NASA-UAP-D4, Apollo 11 Technical Crew Debriefing, 1969
Page 6
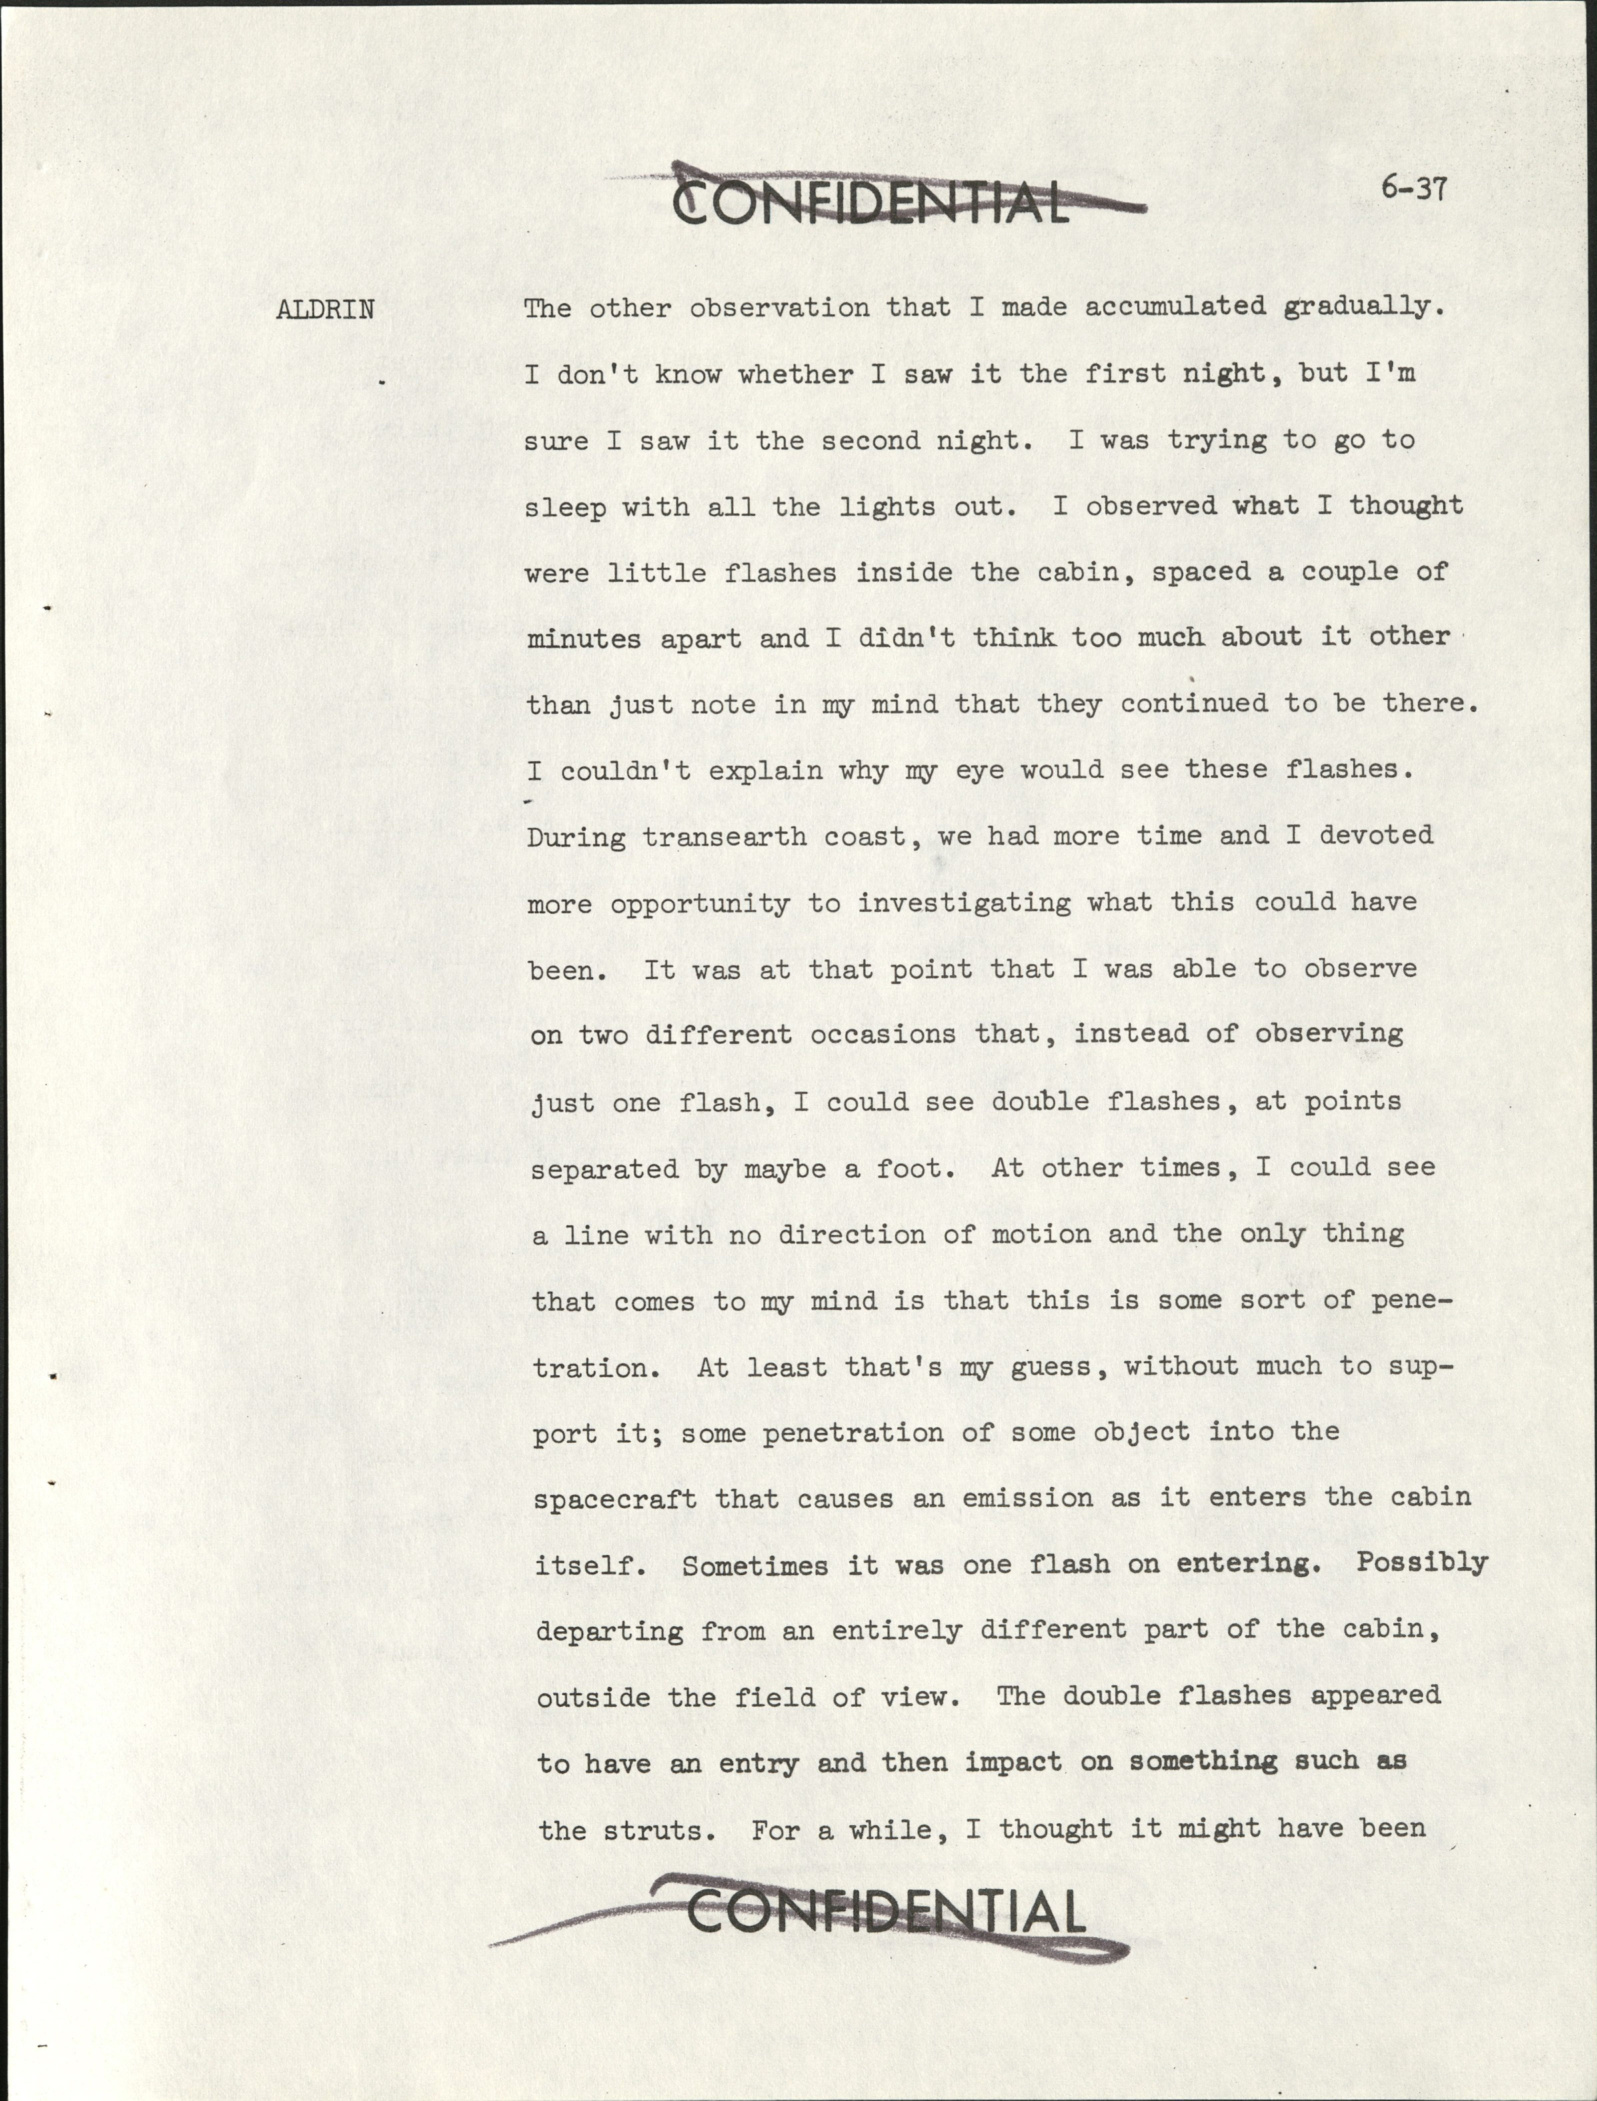